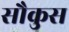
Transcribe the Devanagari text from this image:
सौकुस